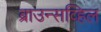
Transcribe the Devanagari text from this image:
ब्राउन्सव्हिल